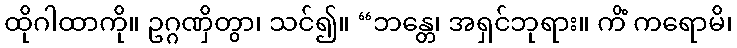
ထိုဂါထာကို။ ဥဂ္ဂဏှိတွာ၊ သင်၍။ “ဘန္တေ၊ အရှင်ဘုရား။ ကိံ ကရောမိ၊